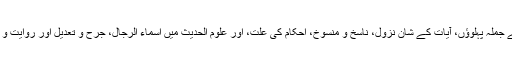
مجتہد کو کتاب و سنت کے جملہ پہلوؤں، آیات کے شان نزول، ناسخ و منسوخ، احکام کی علت، اور علوم الحدیث میں اسماء الرجال، جرح و تعدیل اور روایت و درایت کا علم ہونا چاہیے ۔